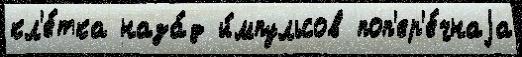
кл'е́тка наза́д и́мпульсов поп'ер'е́чнаjа